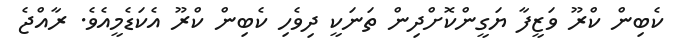
ކެބިން ކްރޫ ވަޒީފާ ޔަގީންކޮށްދިން ތަނަކީ ދިވެހި ކެބިން ކްރޫ އެކަޑެމީއެވެ. ރާއްޖެ